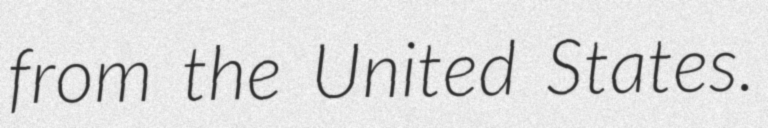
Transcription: from the United States.